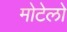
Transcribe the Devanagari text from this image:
मोटेलो